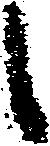
候